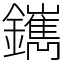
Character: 䥴